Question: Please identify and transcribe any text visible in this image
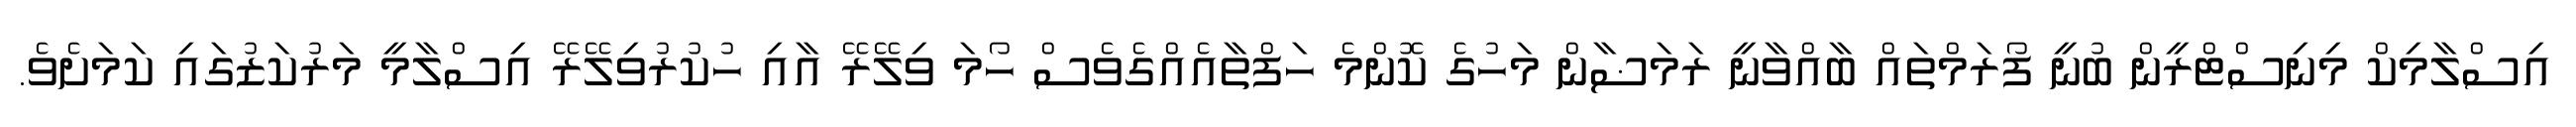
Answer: އިސްލާމިކް މިނިސްޓްރީން ބުނީ ފޯރަމްތައް ބާއްވާނީ ރަމަޟާން މަހުގެ ކޮންމެ ހަފްތާއެއްގެވެސް ހޯމަ ވިލޭރޭ އާއި ހުކުރުވިލޭރޭ އިސްލާމީ މަރުކަޒުގައި ކަމަށެވެ.